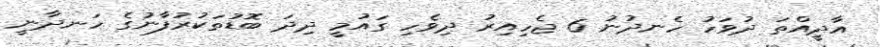
އާދީއްތަ ދުވަހު ހެނދުނު 6 ޖެހިއިރު ދިވެހި ގައުމީ ދިދަ ބޮޑުތަކުރުފާނުގެ ހަނދާނީ